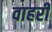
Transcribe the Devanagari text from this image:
वाहरी